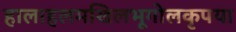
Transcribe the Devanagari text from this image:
हालाहलमखिलभूगोलकृपया